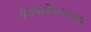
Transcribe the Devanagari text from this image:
प्रेतयात्रेदरम्यान